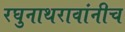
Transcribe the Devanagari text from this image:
रघुनाथरावांनीच